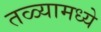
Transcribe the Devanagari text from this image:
तळ्यामध्ये